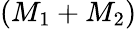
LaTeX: (M_{1}+M_{2})